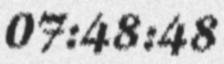
07:48:48